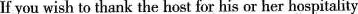
If you wish to thank the host for his or her hospitality